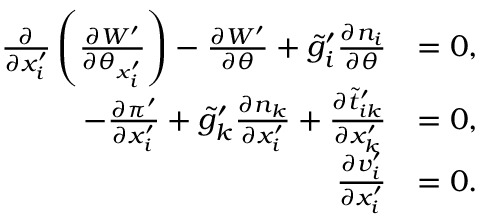
\begin{array} { r l } { \frac { \partial } { \partial x _ { i } ^ { \prime } } \left( \frac { \partial W ^ { \prime } } { \partial \theta _ { x _ { i } ^ { \prime } } } \right) - \frac { \partial W ^ { \prime } } { \partial \theta } + \tilde { g } _ { i } ^ { \prime } \frac { \partial n _ { i } } { \partial \theta } } & { = 0 , } \\ { - \frac { \partial \pi ^ { \prime } } { \partial x _ { i } ^ { \prime } } + \tilde { g } _ { k } ^ { \prime } \frac { \partial n _ { k } } { \partial x _ { i } ^ { \prime } } + \frac { \partial \tilde { t } _ { i k } ^ { \prime } } { \partial x _ { k } ^ { \prime } } } & { = 0 , } \\ { \frac { \partial v _ { i } ^ { \prime } } { \partial x _ { i } ^ { \prime } } } & { = 0 . } \end{array}